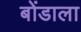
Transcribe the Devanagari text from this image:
बोंडाला